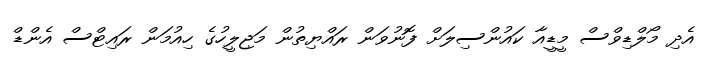
އެދި މޯލްޑިވްސް މީޑީއާ ކައުންސިލަށް ފޮނުވަން ރައްޔިތުން މަޖިލީހުގެ ހިއުމަން ރައިޓްސް އެންޑް